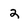
Character: 2